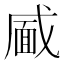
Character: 𮲎